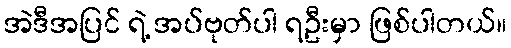
အဲဒီအပြင် ရဲ့ အပ်ဗုတ်ပါ ရဦးမှာ ဖြစ်ပါတယ်။